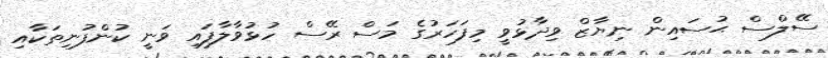
ސޭލްސް ޙުސައިން ނިޔާޒް ވިދާޅުވީ މިފަހަރުގެ މަސް ރޭސް ހުޅުވާލާފައި ވަނީ ކުންފުނިތަކާއި